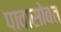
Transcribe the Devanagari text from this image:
पावासोबत